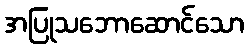
အပြုသဘောဆောင်သော